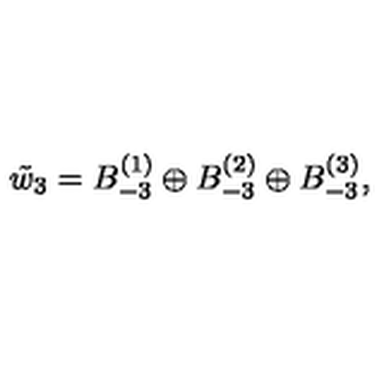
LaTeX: \tilde { w } _ { 3 } = B _ { - 3 } ^ { ( 1 ) } \oplus B _ { - 3 } ^ { ( 2 ) } \oplus B _ { - 3 } ^ { ( 3 ) } ,